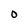
Character: 0